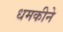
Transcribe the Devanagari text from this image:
धमकीने